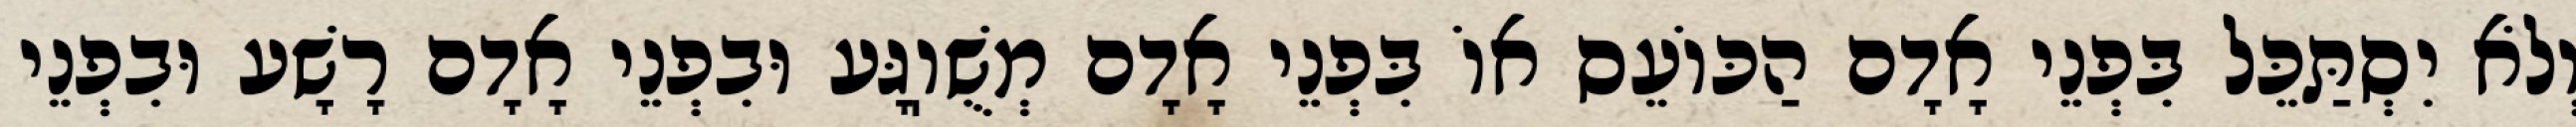
וְלֹא יִסְתַּכֵּל בִּפְנֵי אָדָם הַכּוֹעֵס אוֹ בִּפְנֵי אָדָם מְשֻׁוֽגָּע וּבִפְנֵי אָדָם רָשָׁע וּבִפְנֵי